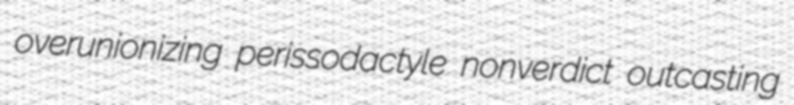
overunionizing perissodactyle nonverdict outcasting